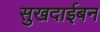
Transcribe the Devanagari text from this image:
सुखदाईबन